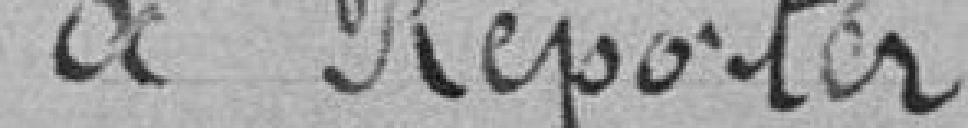
A reporter